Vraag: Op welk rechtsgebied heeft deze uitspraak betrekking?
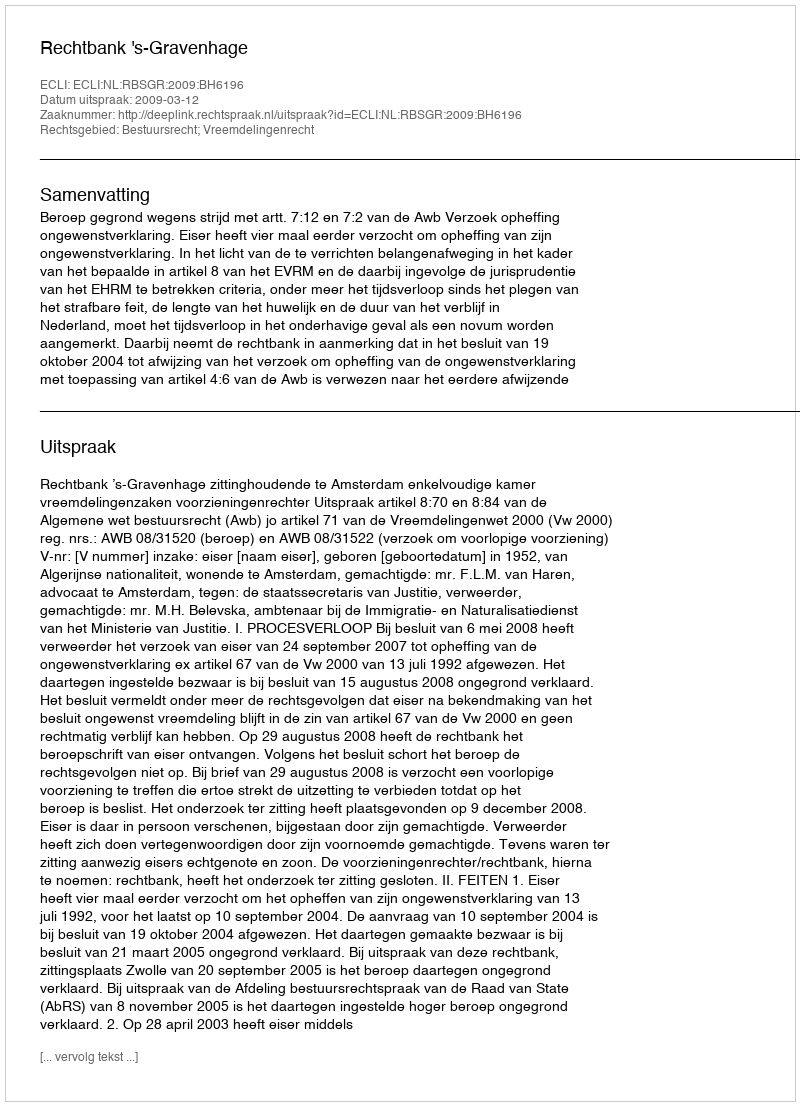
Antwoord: Bestuursrecht; Vreemdelingenrecht